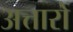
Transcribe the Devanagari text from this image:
अत्तारों